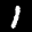
Label: 1